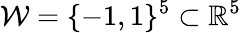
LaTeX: \mathcal{W}=\{ -1,1\} ^{5}\subset\mathbb{R}^{5}